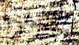
ستفعلينها